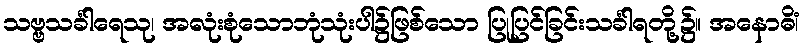
သဗ္ဗသင်္ခါရေသု၊ အလုံးစုံသောဘုံသုံးပါ၌ဖြစ်သော ပြုပြင်ခြင်းသင်္ခါရတို့၌။ အနောဓိံ၊